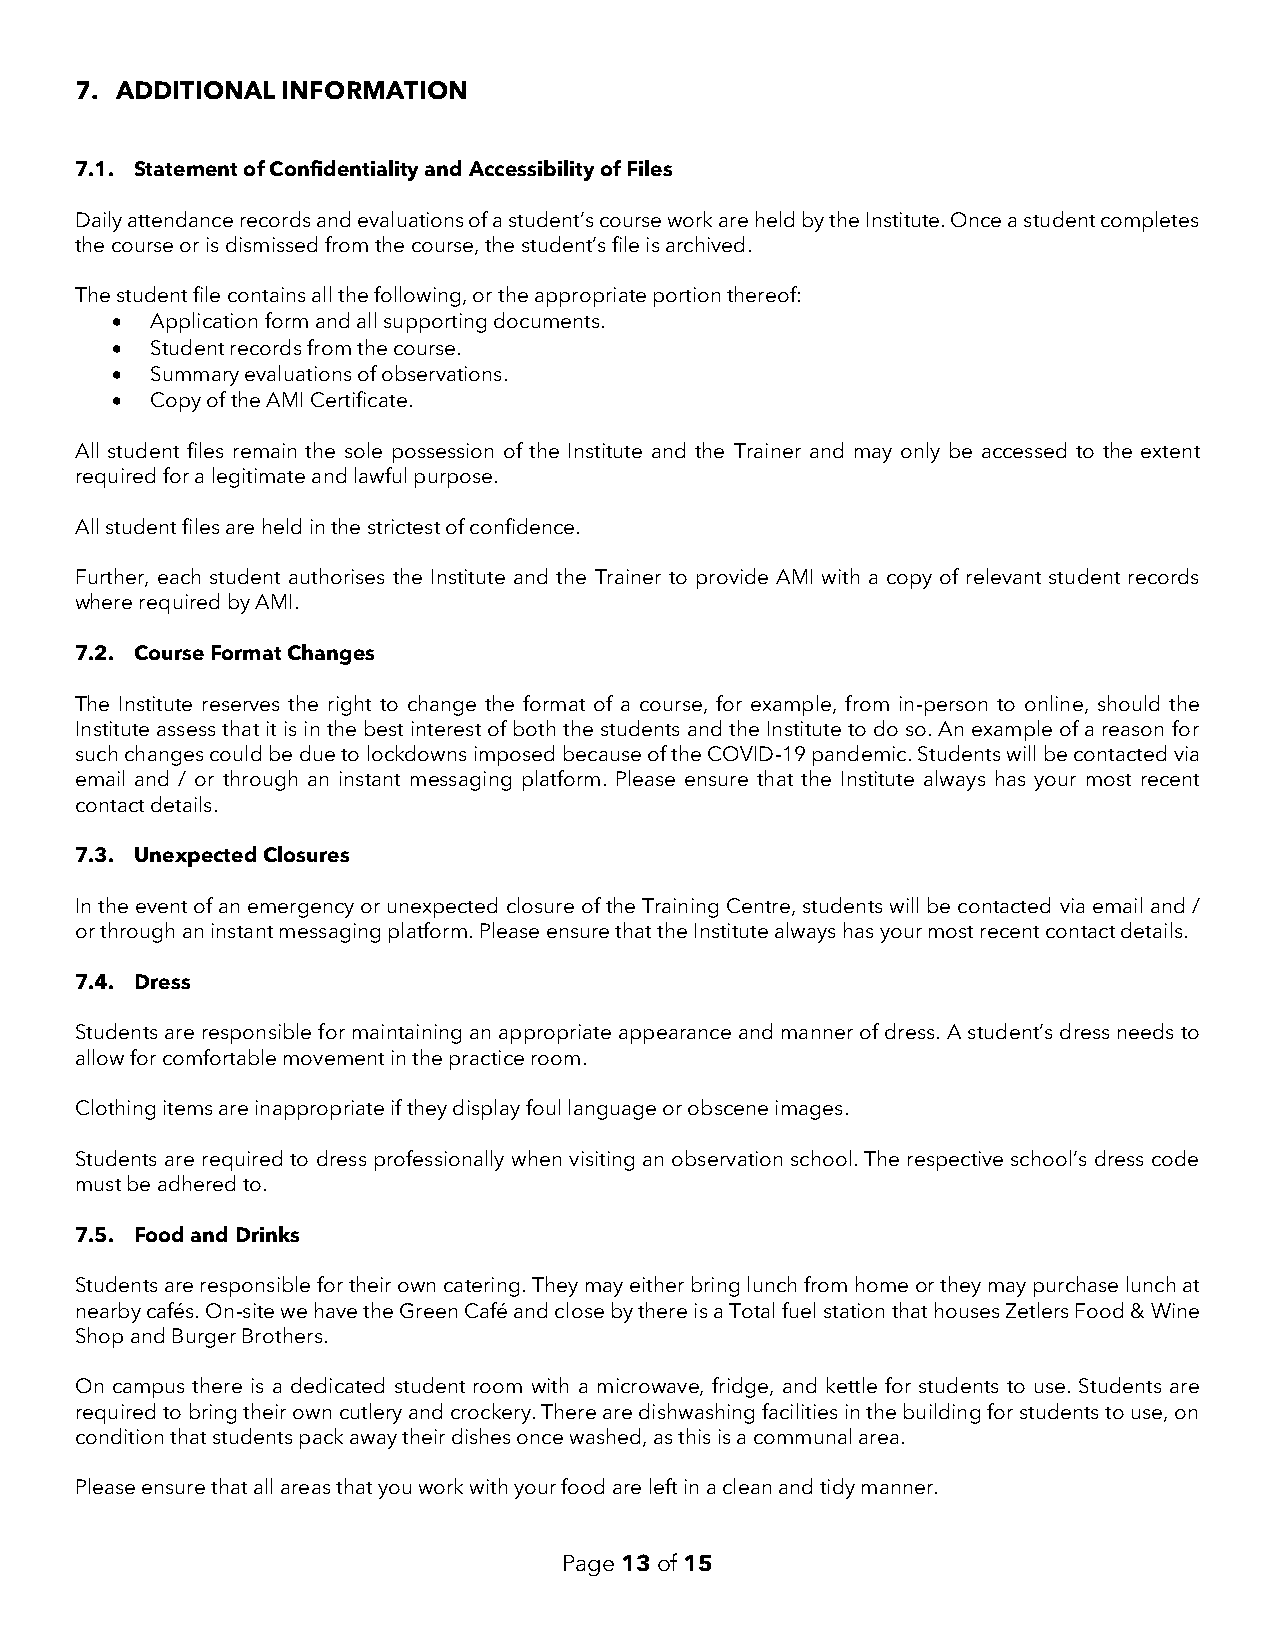
7. ADDITIONAL INFORMATION
 7.1. Statement of Confidentiality and Accessibility of Files
 Daily attendance records and evaluations of a student’s course work are held by the Institute. Once a student completes
 the course or is dismissed from the course, the student’s file is archived.
 The student file contains all the following, or the appropriate portion thereof:
 •  Application form and all supporting documents.
 •  Student records from the course.
 •  Summary evaluations of observations.
 •  Copy of the AMI Certificate.
 All student files remain the sole possession of the Institute and the Trainer and may only be accessed to the extent
 required for a legitimate and lawful purpose.
 All student files are held in the strictest of confidence.
 Further, each student authorises the Institute and the Trainer to provide AMI with a copy of relevant student records
 where required by AMI.
 7.2. Course Format Changes
 The Institute reserves the right to change the format of a course, for example, from in-person to online, should the
 Institute assess that it is in the best interest of both the students and the Institute to do so. An example of a reason for
 such changes could be due to lockdowns imposed because of the COVID-19 pandemic. Students will be contacted via
 email and / or through an instant messaging platform. Please ensure that the Institute always has your most recent
 contact details.
 7.3. Unexpected Closures
 In the event of an emergency or unexpected closure of the Training Centre, students will be contacted via email and /
 or through an instant messaging platform. Please ensure that the Institute always has your most recent contact details.
 7.4. Dress
 Students are responsible for maintaining an appropriate appearance and manner of dress. A student’s dress needs to
 allow for comfortable movement in the practice room.
 Clothing items are inappropriate if they display foul language or obscene images.
 Students are required to dress professionally when visiting an observation school. The respective school’s dress code
 must be adhered to.
 7.5. Food and Drinks
 Students are responsible for their own catering. They may either bring lunch from home or they may purchase lunch at
 nearby cafés. On-site we have the Green Café and close by there is a Total fuel station that houses Zetlers Food & Wine
 Shop and Burger Brothers.
 On campus there is a dedicated student room with a microwave, fridge, and kettle for students to use. Students are
 required to bring their own cutlery and crockery. There are dishwashing facilities in the building for students to use, on
 condition that students pack away their dishes once washed, as this is a communal area.
 Please ensure that all areas that you work with your food are left in a clean and tidy manner.
 Page 13 of 15